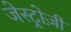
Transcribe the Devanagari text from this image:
जेस्ट्रोज़ी